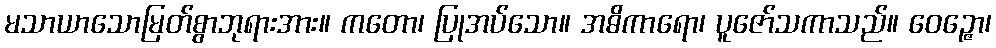
မသာယာသောမြတ်စွာဘုရားအား။ ကတော၊ ပြုအပ်သော။ အဓိကာရော၊ ပူဇော်သကာသည်။ ဝေဉ္ဇော၊